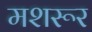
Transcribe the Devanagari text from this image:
मशरूर